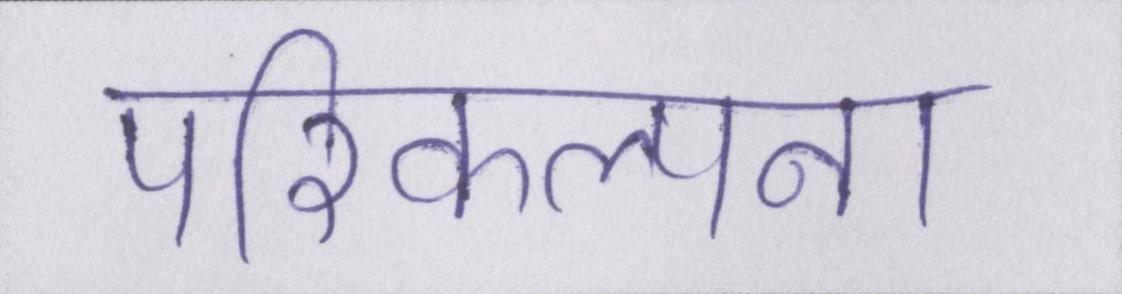
परिकल्पना